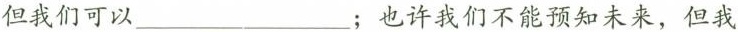
但我们可以___；也许我们不能预知未来，但我